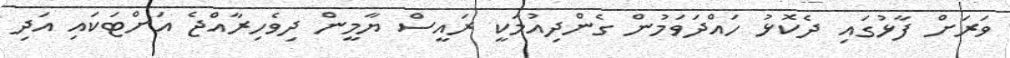
ވަރަށް ފާޅުގައި ދެކޮޅު ހައްދަވަމުން ގެންދިއުމަކީ ރައީސް ޔާމީން ދިވެހިރާއްޖެ އަށްޓަކައި އަދި